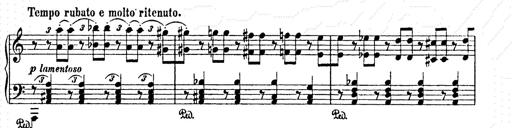
Title: AnnÃ©es de pÃ¨lerinage II
Composer: Franz Liszt